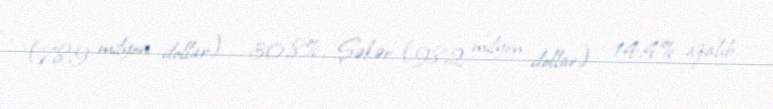
(78,9 milyon dollar) - 30,8%, Şəkər (98,2 milyon dollar) - 14,4% azalıb.